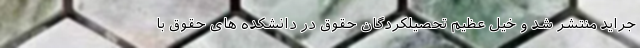
جراید منتشر شد و خیل عظیم تحصیلکردگان حقوق در دانشکده های حقوق با